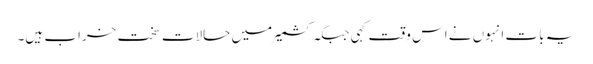
یہ بات انہوں نے اس وقت کہی جبکہ کشمیر میں حالات سخت خراب ہیں۔